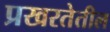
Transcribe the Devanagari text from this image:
प्रखरतेतील